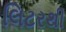
લિટરથી